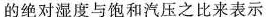
的绝对湿度与饱和汽压之比来表示